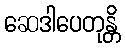
ဆေဒါပေတုန္တိ